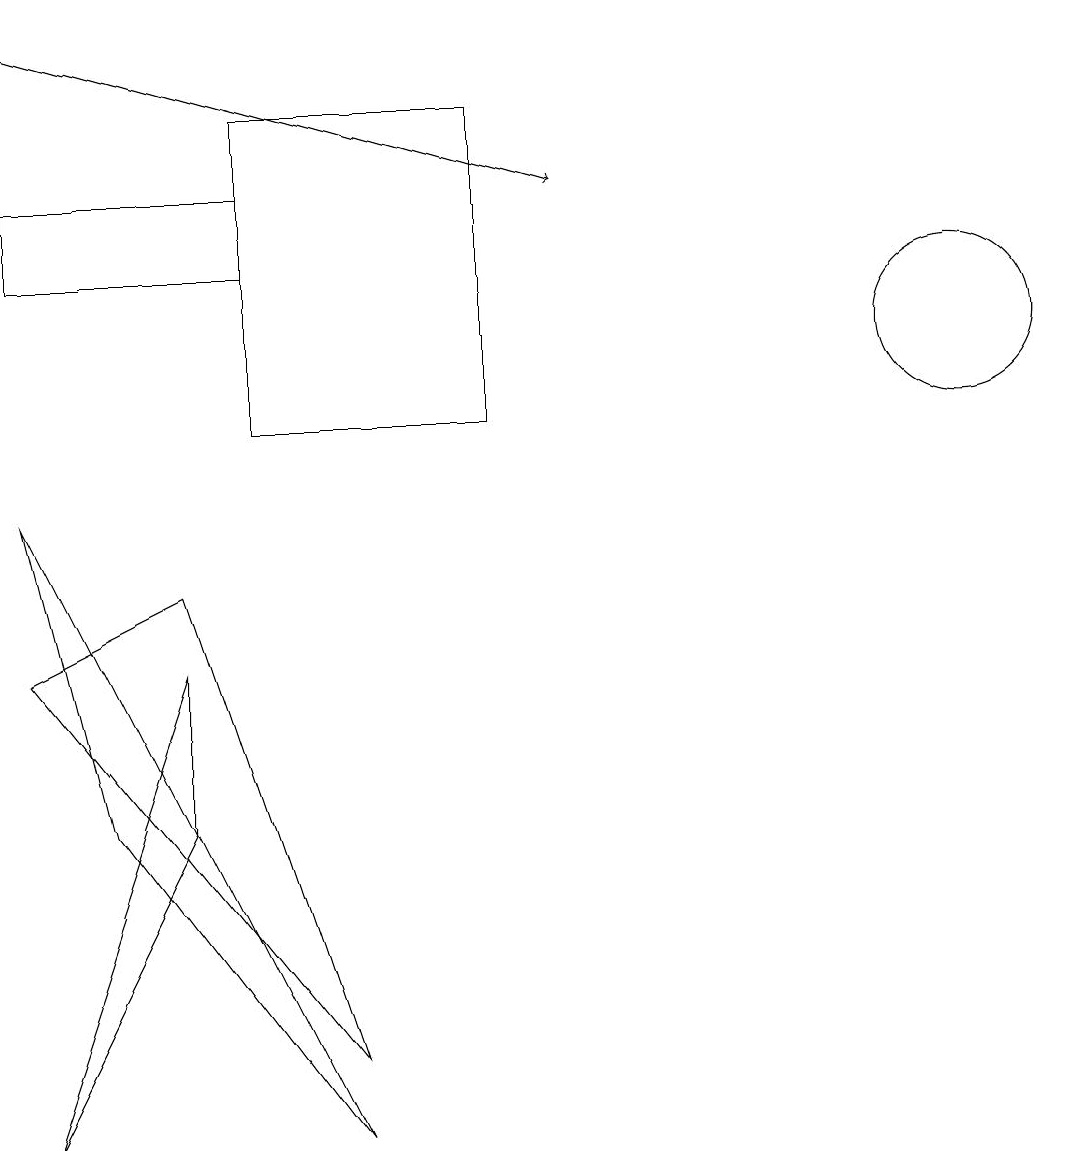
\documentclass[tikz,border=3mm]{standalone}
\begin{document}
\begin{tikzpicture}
\draw (0,1) -- (2,5) -- (2,7) -- cycle;
\draw (3,12) rectangle (0,13);
\draw[->] (0,15) -- (7,13);
\draw (12,11) circle (1);
\draw (4,1) -- (1,5) -- (0,9) -- cycle;
\draw (2,8) -- (4,2) -- (0,7) -- cycle;
\draw (3,10) rectangle (6,14);
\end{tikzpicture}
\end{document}